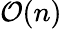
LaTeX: \mathcal{O}(n)